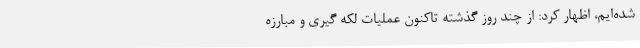
شده‌ایم، اظهار کرد: از چند روز گذشته تاکنون عملیات لکه گیری و مبارزه